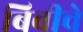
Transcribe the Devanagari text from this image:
बिबीचे